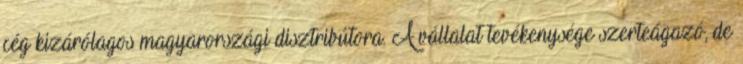
cég kizárólagos magyarországi disztribútora. A vállalat tevékenysége szerteágazó, de